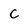
Character: C